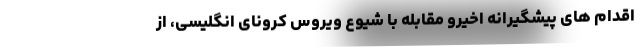
اقدام های پیشگیرانه اخیرو مقابله با شیوع ویروس کرونای انگلیسی، از